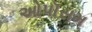
ઓપૉસમ